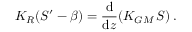
K _ { R } ( { \cal S } ^ { \prime } - \beta ) = \frac { \mathrm { d } } { \mathrm { d } z } ( K _ { G M } \, { \cal S } ) \, .